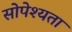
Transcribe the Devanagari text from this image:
सोपेश्यता